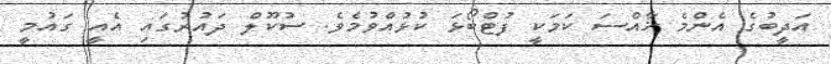
އަދީބުގެ އެންމެ ޚާއްސަ ކަމަކީ ފުޓްބޯޅަ ކުޅުއްވުމެވެ. ސުކޫލް ދައުރުގައި އެއީ ގައުމީ